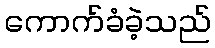
ကောက်ခံခဲ့သည်